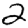
Digit: 2